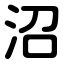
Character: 沼